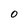
Character: 0